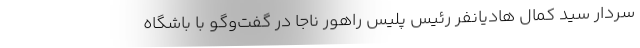
سردار سید کمال هادیانفر رئیس پلیس راهور ناجا در گفت‌وگو با باشگاه